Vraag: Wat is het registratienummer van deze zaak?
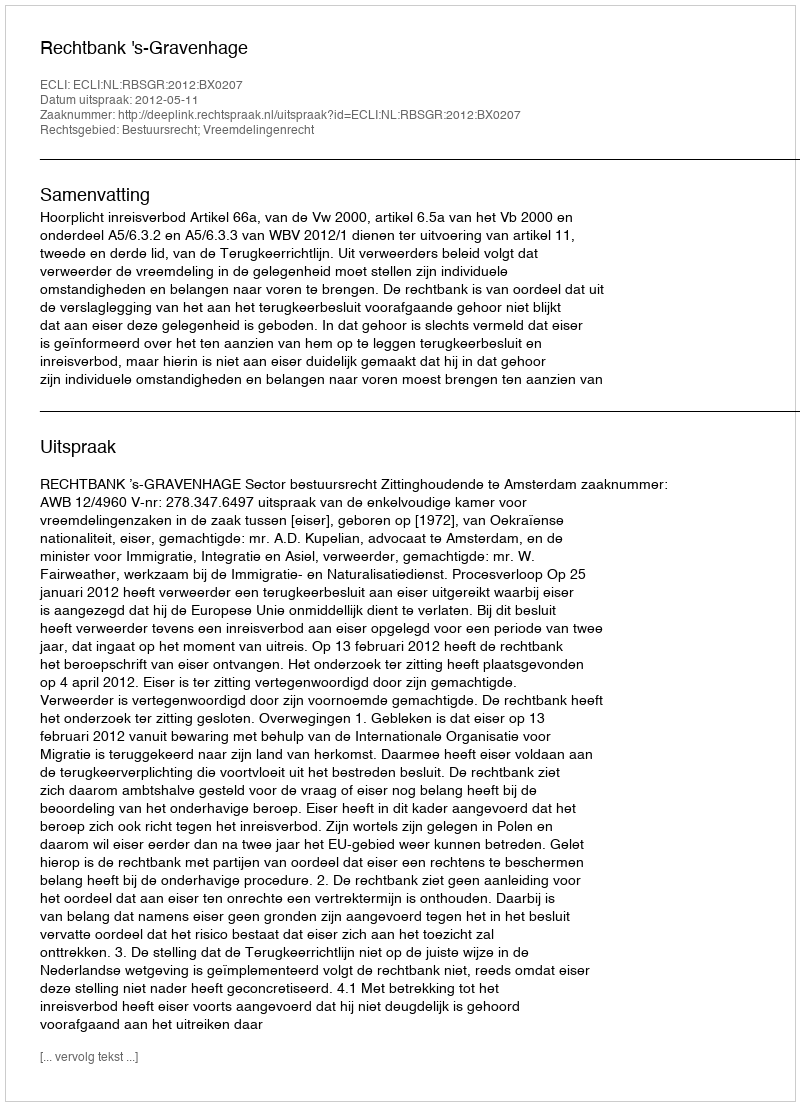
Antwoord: http://deeplink.rechtspraak.nl/uitspraak?id=ECLI:NL:RBSGR:2012:BX0207